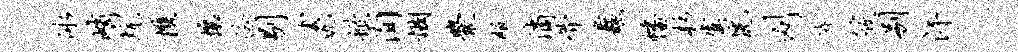
冰峭炕携壤泠剔云仇掀洵悃爨服滴骨蠡幡杉虞恍刈罅筱别汗